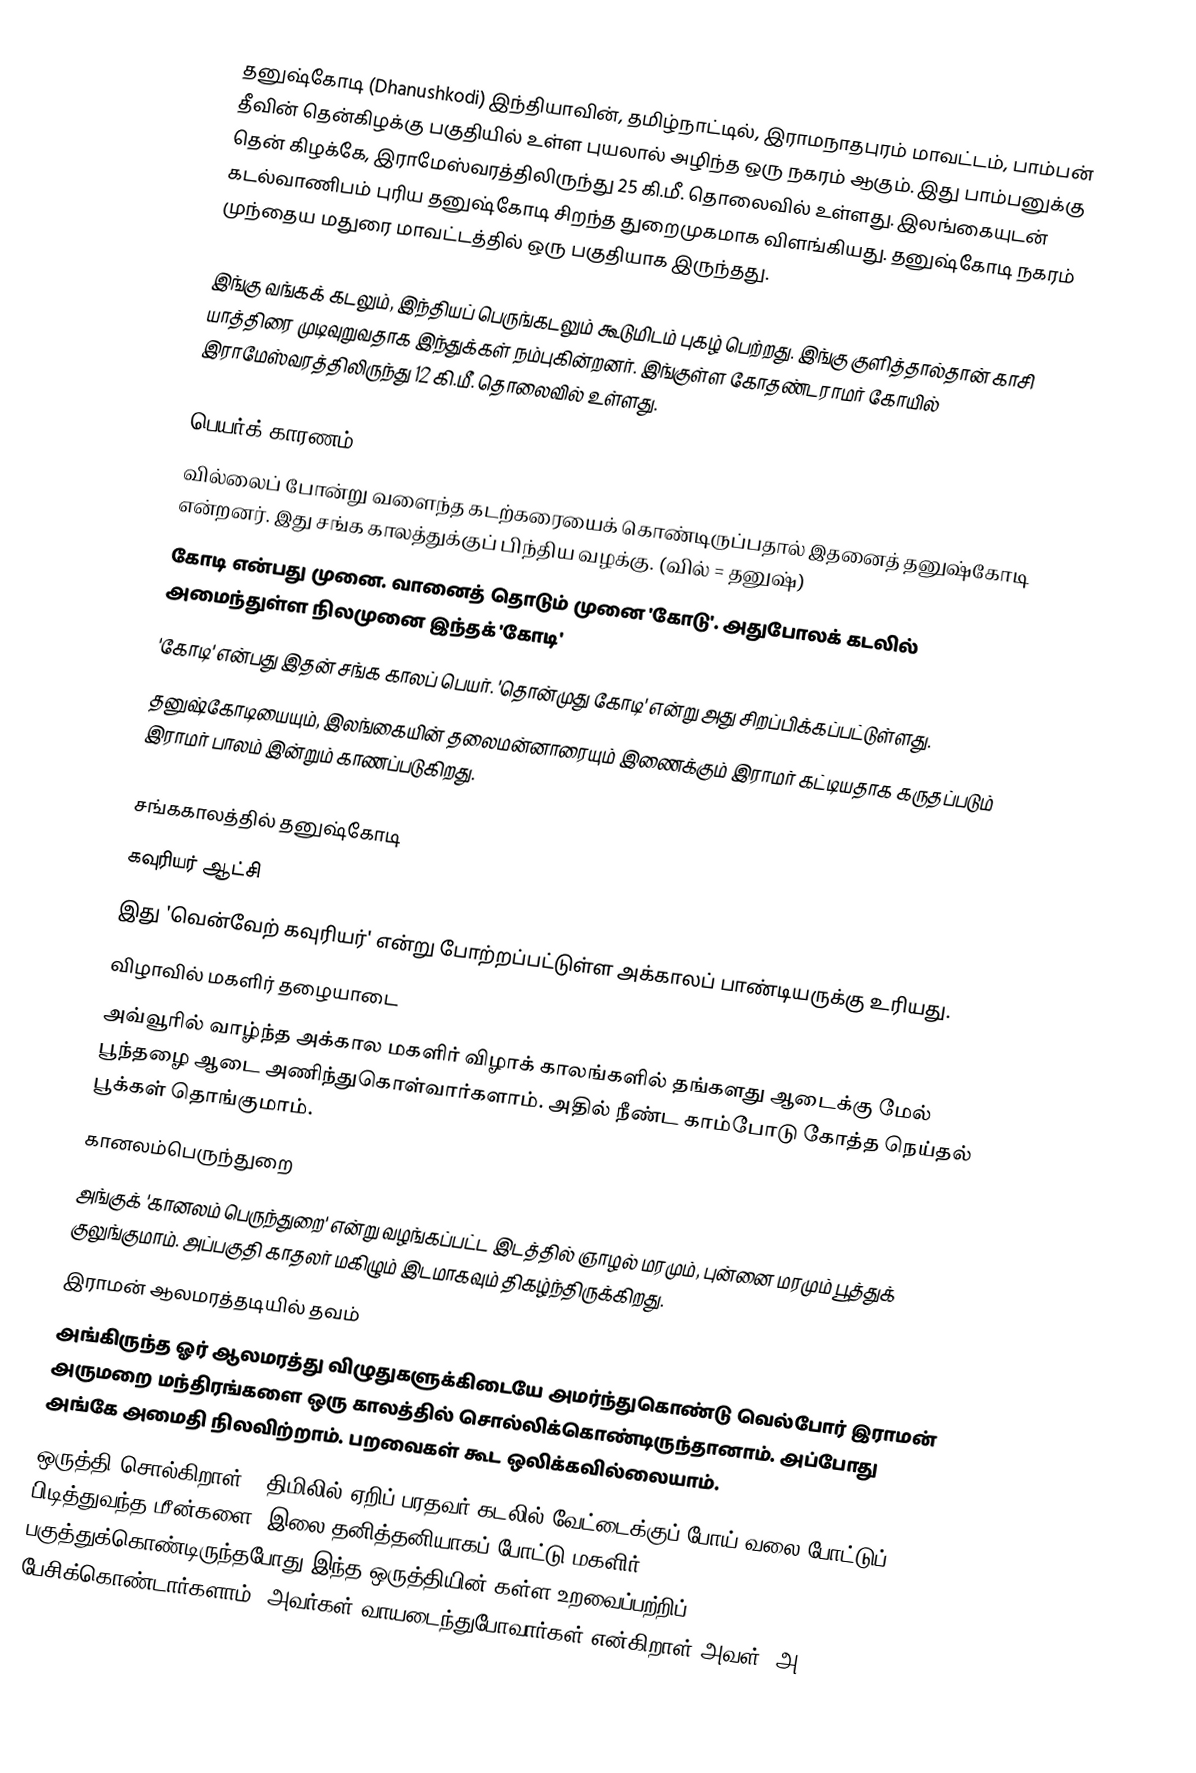
தனுஷ்கோடி (Dhanushkodi) இந்தியாவின், தமிழ்நாட்டில், இராமநாதபுரம் மாவட்டம், பாம்பன் தீவின் தென்கிழக்கு பகுதியில் உள்ள புயலால் அழிந்த ஒரு நகரம் ஆகும். இது பாம்பனுக்கு தென் கிழக்கே, இராமேஸ்வரத்திலிருந்து 25 கி.மீ. தொலைவில் உள்ளது. இலங்கையுடன் கடல்வாணிபம் புரிய தனுஷ்கோடி சிறந்த துறைமுகமாக விளங்கியது. தனுஷ்கோடி நகரம் முந்தைய மதுரை மாவட்டத்தில் ஒரு பகுதியாக இருந்தது.

இங்கு வங்கக் கடலும், இந்தியப் பெருங்கடலும் கூடுமிடம் புகழ் பெற்றது. இங்கு குளித்தால்தான் காசி யாத்திரை முடிவுறுவதாக இந்துக்கள் நம்புகின்றனர். இங்குள்ள கோதண்டராமர் கோயில் இராமேஸ்வரத்திலிருந்து 12 கி.மீ. தொலைவில் உள்ளது.

பெயர்க் காரணம்
 வில்லைப் போன்று வளைந்த கடற்கரையைக் கொண்டிருப்பதால் இதனைத் தனுஷ்கோடி என்றனர். இது சங்க காலத்துக்குப் பிந்திய வழக்கு. (வில் = தனுஷ்)
 கோடி என்பது முனை. வானைத் தொடும் முனை 'கோடு'. அதுபோலக் கடலில் அமைந்துள்ள நிலமுனை இந்தக் 'கோடி'
 'கோடி' என்பது இதன் சங்க காலப் பெயர். 'தொன்முது கோடி' என்று அது சிறப்பிக்கப்பட்டுள்ளது.
 தனுஷ்கோடியையும், இலங்கையின் தலைமன்னாரையும் இணைக்கும் இராமர் கட்டியதாக கருதப்படும் இராமர் பாலம் இன்றும் காணப்படுகிறது.

சங்ககாலத்தில் தனுஷ்கோடி
கவுரியர் ஆட்சி
இது 'வென்வேற் கவுரியர்' என்று போற்றப்பட்டுள்ள அக்காலப் பாண்டியருக்கு உரியது.
விழாவில் மகளிர் தழையாடை
 அவ்வூரில் வாழ்ந்த அக்கால மகளிர் விழாக் காலங்களில் தங்களது ஆடைக்கு மேல் பூந்தழை ஆடை அணிந்துகொள்வார்களாம். அதில் நீண்ட காம்போடு கோத்த நெய்தல் பூக்கள் தொங்குமாம்.
கானலம்பெருந்துறை
 அங்குக் 'கானலம் பெருந்துறை' என்று வழங்கப்பட்ட இடத்தில் ஞாழல் மரமும், புன்னை மரமும் பூத்துக் குலுங்குமாம். அப்பகுதி காதலர் மகிழும் இடமாகவும் திகழ்ந்திருக்கிறது.
இராமன் ஆலமரத்தடியில் தவம்
 அங்கிருந்த ஓர் ஆலமரத்து விழுதுகளுக்கிடையே அமர்ந்துகொண்டு வெல்போர் இராமன் அருமறை மந்திரங்களை ஒரு காலத்தில் சொல்லிக்கொண்டிருந்தானாம். அப்போது அங்கே அமைதி நிலவிற்றாம். பறவைகள் கூட ஒலிக்கவில்லையாம்.
 ஒருத்தி சொல்கிறாள் \ திமிலில் ஏறிப் பரதவர் கடலில் வேட்டைக்குப் போய் வலை போட்டுப் பிடித்துவந்த மீன்களை, இலை தனித்தனியாகப் போட்டு மகளிர் பகுத்துக்கொண்டிருந்தபோது இந்த ஒருத்தியின் கள்ள உறவைப்பற்றிப் பேசிக்கொண்டார்களாம். அவர்கள் வாயடைந்துபோவார்கள் என்கிறாள் அவள். அ